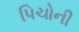
પિચોની